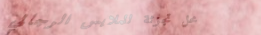
محل تجزئة للملابس الرجالي